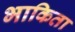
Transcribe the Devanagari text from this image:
भाकिता